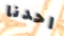
احدنا